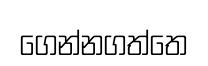
ගෙන්නගත්තෙ